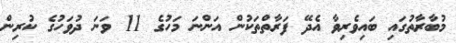
މުބާރާތުގައި ބައިވެރިވާ އެދޭ ފަރާތްތަކުން އަންނަ މަހުގެ 11 ވަނަ ދުވަހުގެ ކުރިން